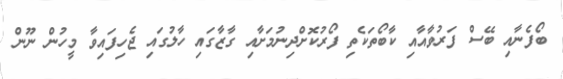
ބޯފެނާއި ބޭސް ފަރުވާއާއި ކާބޯތަކެތި ފޯރުކޮށްދިނުމަށާއި ގާޒާގައި ހާލުގައި ޖެހިފައިވާ މީހުން ނޫން